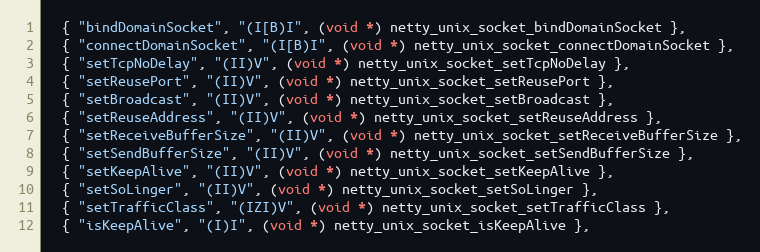
Language: C
  { "bindDomainSocket", "(I[B)I", (void *) netty_unix_socket_bindDomainSocket },
  { "connectDomainSocket", "(I[B)I", (void *) netty_unix_socket_connectDomainSocket },
  { "setTcpNoDelay", "(II)V", (void *) netty_unix_socket_setTcpNoDelay },
  { "setReusePort", "(II)V", (void *) netty_unix_socket_setReusePort },
  { "setBroadcast", "(II)V", (void *) netty_unix_socket_setBroadcast },
  { "setReuseAddress", "(II)V", (void *) netty_unix_socket_setReuseAddress },
  { "setReceiveBufferSize", "(II)V", (void *) netty_unix_socket_setReceiveBufferSize },
  { "setSendBufferSize", "(II)V", (void *) netty_unix_socket_setSendBufferSize },
  { "setKeepAlive", "(II)V", (void *) netty_unix_socket_setKeepAlive },
  { "setSoLinger", "(II)V", (void *) netty_unix_socket_setSoLinger },
  { "setTrafficClass", "(IZI)V", (void *) netty_unix_socket_setTrafficClass },
  { "isKeepAlive", "(I)I", (void *) netty_unix_socket_isKeepAlive },